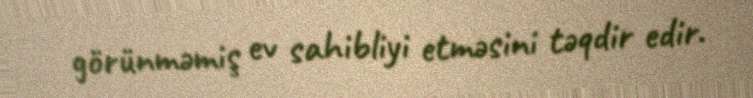
görünməmiş ev sahibliyi etməsini təqdir edir.